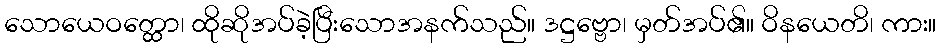
သောယေဝတ္ထော၊ ထိုဆိုအပ်ခဲ့ပြီးသောအနက်သည်။ ဒဋ္ဌဗ္ဗော၊ မှတ်အပ်၏။ ဝိနယေတိ၊ ကား။